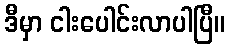
ဒီမှာ ငါးပေါင်းလာပါပြီ။